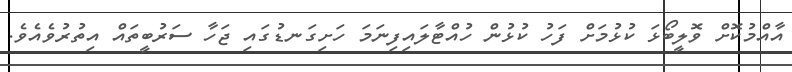
އާއްމުކޮށް ވޮލީބޯޅަ ކުޅުމަށް ފަހު ކުޅުން ހުއްޓާލައިފިނަމަ ހަށިގަނޑުގައި ޖަހާ ސަރުބީތައް އިތުރުވެއެވެ.